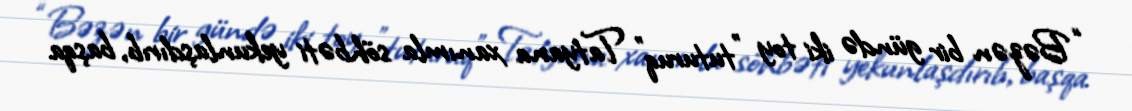
“Bəzən bir gündə iki toy ”tuturuq" Tatyana xanımla söhbəti yekunlaşdırıb, başqa